Vaccination North-Western Provinces and Oudh 1896-1901 - 1896-1901
Year: 1896
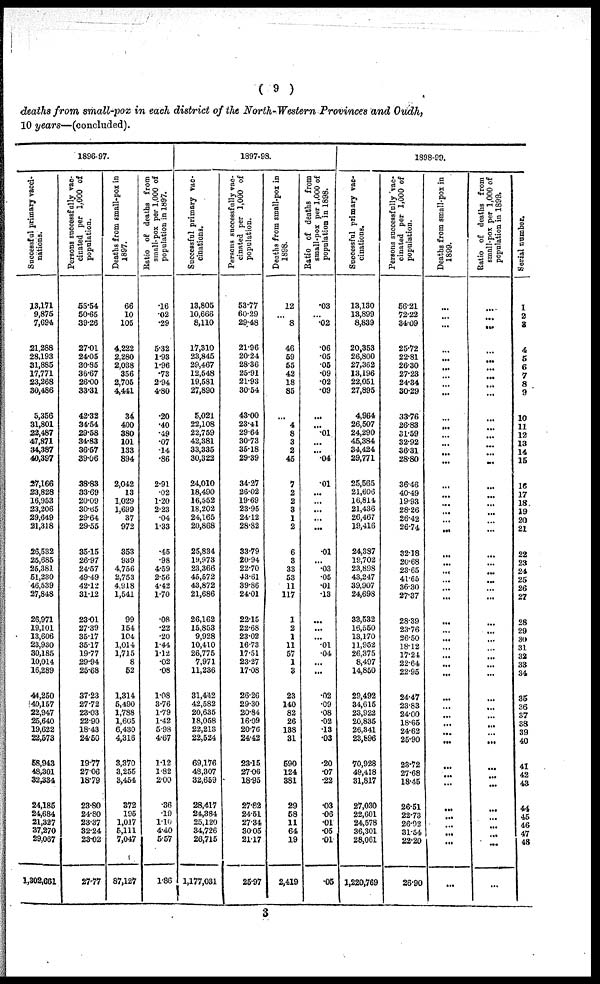
( 9 )
deaths from small-pox in each district of the North-Western Provinces and Oudh,
10 years—(concluded).
1896-97.
Successful primary vacci-
nations.
13,171
9,875
7,694
21,288
28,193
31,885
17,771
23,268
30,486
5,356
31,801
22,487
47,871
34,387
40,397
27,166
23,828
16,953
23,206
29,649
21,318
26,532
25,685
25,381
51,230
46,539
27,848
26,971
19,101
13,606
23,930
30,185
10,014
16,289
44,250
40,157
22,947
25,640
19,622
22,573
58,943
48,301
32,334
24,185
24,684
21,327
37,270
29,067
1,302,661
Persons successfully vac-
cinated per 1,000 of
population.
55.54
50.65
39.26
27.01
24.05
30.85
36.67
26.00
33.31
42.32
34.54
29.58
34.83
36.57
39.06
38.83
33.69
20.09
30.65
29.64
29.55
35.15
26.97
24.57
49.49
42.12
31.12
23.01
27.39
35.17
35.17
19.77
29.94
25.68
37.23
27.72
23.03
22.90
18.43
24.50
19.77
27.06
18.79
23.80
24.80
23.37
32.24
23.02
27.77
Deaths from small-pox in
1897.
66
10
105
4,222
2,280
2,038
356
2,705
4,441
34
400
380
101
133
894
2,042
13
1,029
1,699
37
972
353
939
4,756
2,753
4,918
1,541
99
154
104
1,014
1,715
8
52
1,314
5,490
1,788
1,605
6,430
4,316
3,370
3,255
3,454
372
195
1,017
5,111
7,047
87,127
Ratio of deaths from
small-pox per 1,000 of
population in 1897.
.16
.02
.29
5.32
1.93
1.96
.73
2.94
4.80
.20
.40
.49
.07
.14
.86
2.91
.02
1.20
2.23
.04
1.33
.45
.98
4.59
2.56
4.42
1.70
.08
.22
.20
1.44
1.12
.02
.08
1.08
3.76
1.79
1.42
5.98
4.67
1.12
1.82
2.00
.36
.19
1.10
4.40
5.57
1.86
1897-98.
Successful primary vac¬
cinations.
13,805
10,666
8,110
17,310
23,845
29,467
12,548
19,581
27,890
5,021
22,108
22,759
42,381
33,335
30,322
24,010
18,490
16,552
18,202
24,165
20,868
25,834
19,973
23,366
45,572
43,872
21,686
26,162
15,853
9,928
10,410
26,775
7,971
11,236
31,442
42,582
20,635
18,058
22,213
22,524
69,176
48,307
32,659
28,417
24,384
25,120
34,726
26,715
1,177,031
Persons successfully vac-
cinated per 1,000 of
population.
53.77
60.29
29.48
21.96
20.24
28.36
25.91
21.93
30.54
43.00
23.41
29.64
30.73
35.18
29.39
34.27
26.02
19.69
23.95
24.12
28.82
33.79
20.94
22.70
43.61
39.86
24.01
22.15
22.68
23.02
16.73
17.51
23.27
17.08
26.26
29.30
20.84
16.09
20.76
24.42
23.15
27.06
18.95
27.82
24.51
27.34
30.05
21.17
25.97
Deaths from small-pox in
1898.
12
...
8
46
59
55
42
18
85
...
4
8
3
2
45
7
2
2
3
1
2
6
3
33
53
11
117
1
2
1
11
57
1
3
23
140
82
26
138
31
590
124
381
29
58
11
64
19
2,419
Ratio of deaths from
small-pox per 1,000 of
population in 1898.
.03
...
.02
.06
.05
.05
.09
.02
.09
...
...
.01
...
...
.04
.01
...
...
...
...
...
.01
...
.03
.05
.01
.13
...
...
...
.01
.04
...
...
.02
.09
.08
.02
.13
.03
.20
.07
.22
.03
.06
.01
.05
.01
.05
1898-99.
Successful primary vac-
cinations.
13,130
13,899
8,839
20,353
26,800
27,362
13,196
22,051
27,895
4,964
26,507
24,290
45,384
34,424
29,771
25,565
21,606
16,814
21,436
26,467
19,416
24,387
19,702
23,898
43,247
39,907
24,698
33,532
16,550
13,170
11,952
26,375
8,497
14,850
29,492
34,615
23,922
20,835
26,341
23,896
70,928
49,418
31,817
27,030
22,601
24,578
36,301
28,061
1,220,769
Persons successfully vac-
cinated per 1,000 of
population.
56.21
72.22
34.09
25.72
22.81
26.30
27.23
24.34
30.29
33.76
26.83
31.59
32.92
36.31
28.80
36.46
40.49
19.93
28.26
26.42
26.74
32.18
20.68
23.65
41.65
36.30
27.37
28.39
23.76
26.50
18.12
17.24
22.64
22.95
24.47
23.83
24.00
18.65
24.62
25.90
23.72
27.68
18.45
26.51
22.73
26.92
31.54
22.20
26.90
Deaths from small-pox in
1899.
...
...
...
...
...
...
...
...
...
...
...
...
...
...
...
...
...
...
...
...
...
...
...
...
...
...
...
...
...
...
...
...
...
...
...
...
...
...
...
...
...
...
...
...
...
...
...
...
...
Ratio of deaths from
small-pox per 1,000 of
population in 1899.
...
...
...
...
...
...
...
...
...
...
...
...
...
...
...
...
...
...
...
...
...
...
...
...
...
...
...
...
...
...
...
...
...
...
...
...
...
...
...
...
...
...
...
...
...
...
...
...
...
Serial number.
1
2
3
4
5
6
7
8
9
10
11
12
13
14
15
16
17
18
19
20
21
22
23
24
25
26
27
28
29
30
31
32
33
34
35
36
37
38
39
40
41
42
43
44
45
46
47
48
3